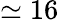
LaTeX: \simeq 16